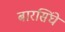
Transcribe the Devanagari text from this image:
बारसिंघे